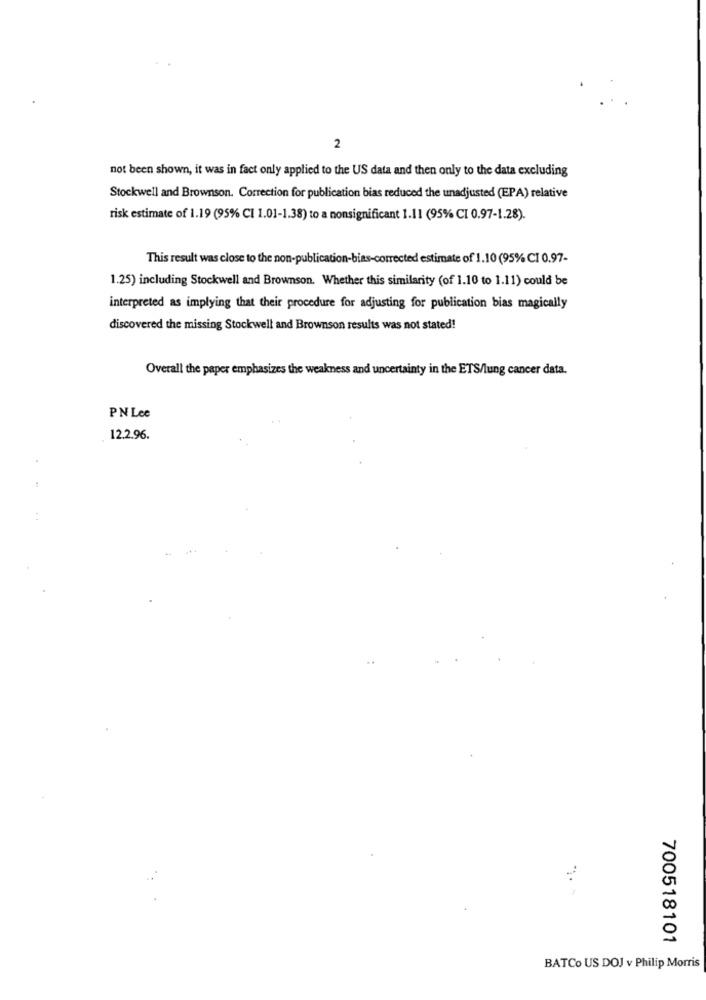
2
not been shown, it was in fact only applied to the US data and then only to the data excluding
Stockwell and Brownson. Correction for publication bias reduced the unadjusted (EPA) relative
risk estimate of 1.19 (95% CI 1.01-1.38) to a nonsignificant 1.11 (95% CI 0.97-1.28).
This result was close to the non-publication-bias-corrected estimate of 1.10 (95% CI 0.97-
1.25) including Stockwell and Brownson. Whether this similarity (of 1.10 to 1.11) could be
interpreted as implying that their procedure for adjusting for publication bias magically
discovered the missing Stockwell and Brownson results was not stated!
Overall the paper emphasizes the weakness and uncertainty in the ETS/lung cancer data.
PN Lee
12.2.96.
:
700518101
BATCo US DOJ v Philip Morris